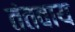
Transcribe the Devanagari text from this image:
तंतवाय